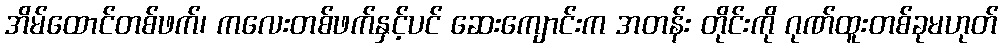
အိမ်ထောင်တစ်ဖက်၊ ကလေးတစ်ဖက်နှင့်ပင် ဆေးကျောင်းက အတန်း တိုင်းကို ဂုဏ်ထူးတစ်ခုမဟုတ်